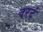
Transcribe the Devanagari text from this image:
वरदं